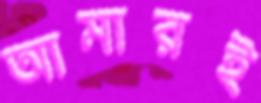
আমারই